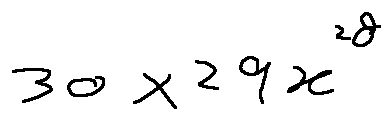
3 0 \times 2 9 x ^ { 2 8 }